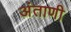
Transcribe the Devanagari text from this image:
अंताणी